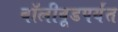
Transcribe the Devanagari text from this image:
बॉलीवूडपर्यंत